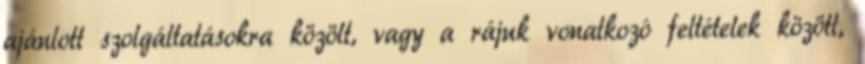
ajánlott szolgáltatásokra közölt, vagy a rájuk vonatkozó feltételek között,